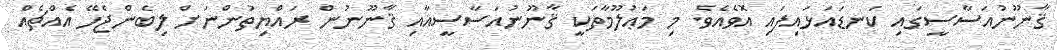
ޤާނޫނުއަސާސީގައި ކަނޑައަޅައިފައި އޮވެއެވެ. މި މަޢުލޫމާތަކީ ޤާނޫނުއަސާސީއާއި ޤާނޫނުން ރައްޔިތުންނަށް ލިބެންޖެހޭ އެއްޗެއް